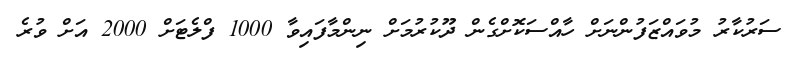
ސަރުކާރު މުވައްޒަފުންނަށް ހާއްސަކޮށްގެން ދޫކުރުމަށް ނިންމާފައިވާ 1000 ފްލެޓަށް 2000 އަށް ވުރެ